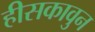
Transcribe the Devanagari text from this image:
हीसकावुन